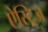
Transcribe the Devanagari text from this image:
ऐस्ट्रिज